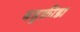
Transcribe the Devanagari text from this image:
बहुक्रीडा